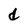
Character: d